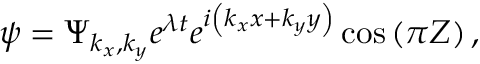
\psi = \Psi _ { k _ { x } , k _ { y } } e ^ { \lambda t } e ^ { i \left( k _ { x } x + k _ { y } y \right) } \cos \left( \pi Z \right) ,